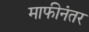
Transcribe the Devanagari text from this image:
माफीनंतर